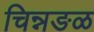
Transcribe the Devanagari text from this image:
चिन्नङळ